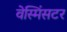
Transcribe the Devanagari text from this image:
वेस्मिंसटर